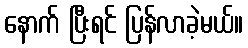
နောက် ပြီးရင် ပြန်လာခဲ့မယ်။